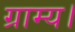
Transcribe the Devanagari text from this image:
ग्राम्य।